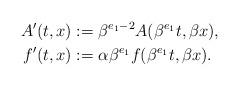
LaTeX: \begin{align*}A'(t,x) &:= \beta^{e_1-2} A(\beta^{e_1} t, \beta x), \\f'(t,x) &:= \alpha \beta^{e_1} f(\beta^{e_1} t, \beta x).\end{align*}